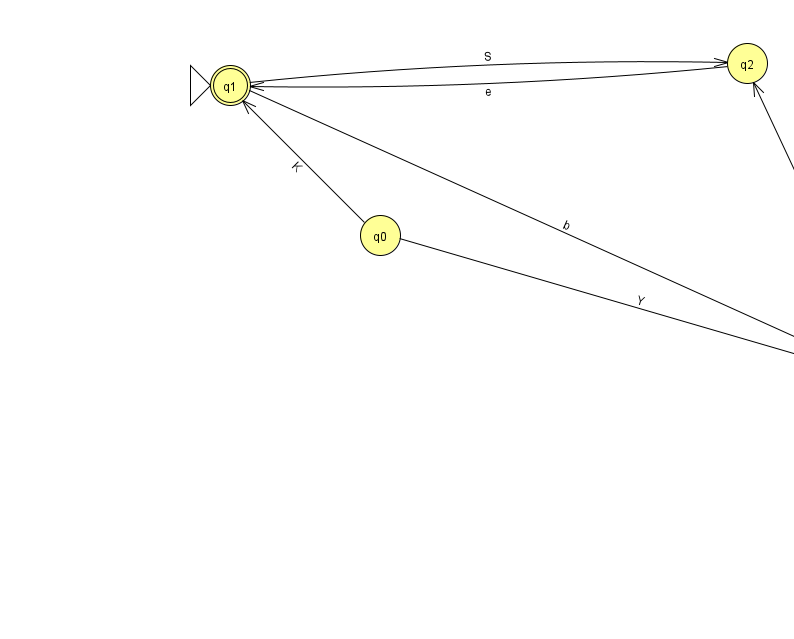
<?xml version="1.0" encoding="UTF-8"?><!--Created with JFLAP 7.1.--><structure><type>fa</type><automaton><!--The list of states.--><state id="0" name="q0"><x>380.0</x><y>222.0</y></state><state id="1" name="q1"><x>230.0</x><y>72.0</y><initial/><final/></state><state id="2" name="q2"><x>747.0</x><y>50.0</y></state><state id="3" name="q3"><x>897.0</x><y>372.0</y></state><!--The list of transitions.--><transition><from>1</from><to>3</to><read>b</read></transition><transition><from>3</from><to>3</to><read>w</read></transition><transition><from>1</from><to>2</to><read>S</read></transition><transition><from>0</from><to>1</to><read>K</read></transition><transition><from>0</from><to>3</to><read>Y</read></transition><transition><from>3</from><to>2</to><read>E</read></transition><transition><from>2</from><to>1</to><read>e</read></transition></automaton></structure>